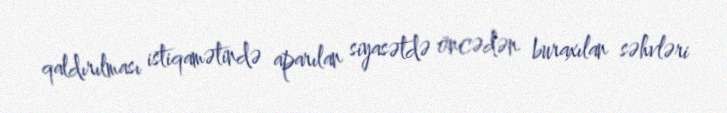
qaldırılması istiqamətində aparılan siyasətdə öncədən buraxılan səhvləri